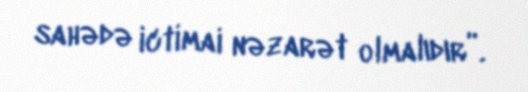
sahədə ictimai nəzarət olmalıdır”.